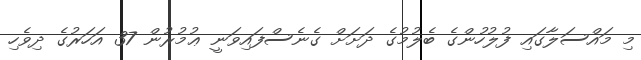
މި މައްސަލާގައި ފުލުހުންގެ ބެލުމުގެ ދަށަށް ގެނެސްފައިވަނީ ޢުމުރުން 37 އަހަރުގެ ދިވެހި